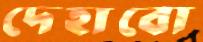
দেহাবো